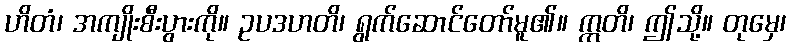
ဟိတံ၊ အကျိုးစီးပွားကို။ ဥပဒဟတိ၊ ရွက်ဆောင်တော်မူ၏။ ဣတိ၊ ဤသို့။ တုမှေ၊